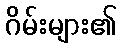
ဂိမ်းများ၏